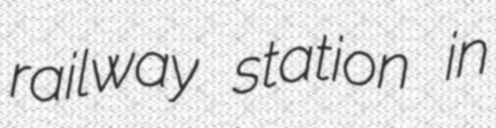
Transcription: railway station in